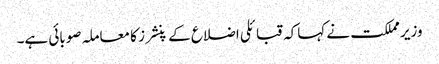
وزیر مملکت نے کہاکہ قبائلی اضلاع کے پنشرز کا معاملہ صوبائی ہے۔